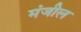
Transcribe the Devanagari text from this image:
मंजील